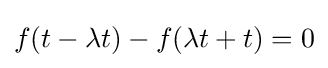
f(t-\lambda t)-f(\lambda t+t)=0